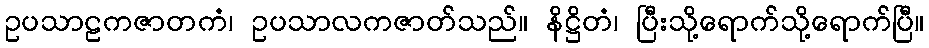
ဥပသာဠကဇာတကံ၊ ဥပသာလကဇာတ်သည်။ နိဋ္ဌိတံ၊ ပြီးသို့ရောက်သို့ရောက်ပြီ။